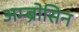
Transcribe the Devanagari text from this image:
अम्ब्रोसिन